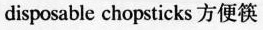
disposable chopsticks方便筷